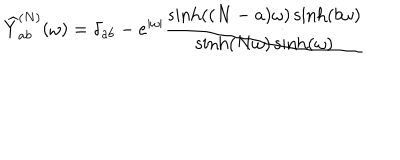
LaTeX: \widehat { Y } _ { a b } ^ { ( N ) } ( \omega ) = \delta _ { a b } - e ^ { | \omega | } \frac { \sinh ( ( N - a ) \omega ) \sinh ( b \omega ) } { \sinh ( N \omega ) \sinh ( \omega ) }